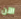
الآن